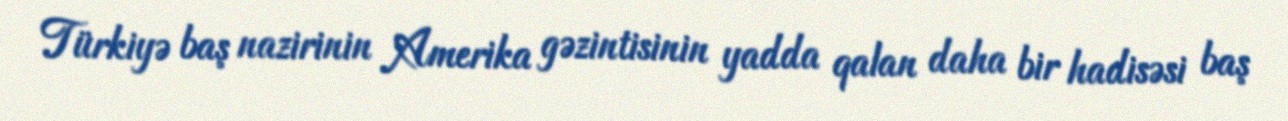
Türkiyə baş nazirinin Amerika gəzintisinin yadda qalan daha bir hadisəsi baş